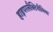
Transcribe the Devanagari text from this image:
हाइपरलैक्टिनीमिया